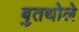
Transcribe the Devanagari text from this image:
बुतथोले